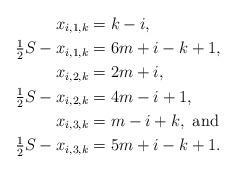
LaTeX: \begin{align*}x_{i,1,k} &= k-i, \\\tfrac{1}{2} S -x_{i,1,k} &= 6m+i-k+1, \\x_{i,2,k} &= 2m+i, \\\tfrac{1}{2} S - x_{i,2,k} &= 4m-i+1, \\x_{i,3,k} &= m-i+k, \mbox{ and } \\\tfrac{1}{2} S - x_{i,3,k} &= 5m+i-k+1. \end{align*}